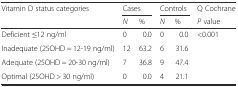
<table><thead><tr><td rowspan="2"><b>Vitamin D status categories</b></td><td colspan="2"><b>Cases</b></td><td colspan="2"><b>Controls</b></td><td><b>Q Cochrane</b></td></tr><tr><td><b><i>N</i></b></td><td><b>%</b></td><td><b><i>N</i></b></td><td><b>%</b></td><td><b><i>P</i> value</b></td></tr></thead><tbody><tr><td>Deficient ≤12 ng/ml</td><td>0</td><td>0.0</td><td>0</td><td>0.0</td><td rowspan="4">&lt;0.001</td></tr><tr><td>Inadequate (25OHD = 12-19 ng/ml)</td><td>12</td><td>63.2</td><td>6</td><td>31.6</td></tr><tr><td>Adequate (25OHD = 20-30 ng/ml)</td><td>7</td><td>36.8</td><td>9</td><td>47.4</td></tr><tr><td>Optimal (25OHD &gt; 30 ng/ml)</td><td>0</td><td>0.0</td><td>4</td><td>21.1</td></tr></tbody></table>